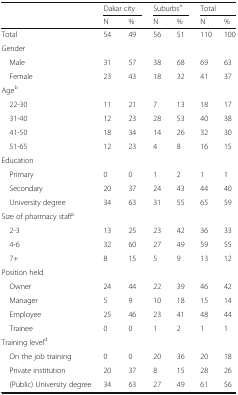
<table><thead><tr><td rowspan="2"></td><td colspan="2"><b>Dakar city</b></td><td colspan="2"><b>Suburbs<sup>a</sup></b></td><td colspan="2"><b>Total</b></td></tr><tr><td><b>N</b></td><td><b>%</b></td><td><b>N</b></td><td><b>%</b></td><td><b>N</b></td><td><b>%</b></td></tr></thead><tbody><tr><td>Total</td><td>54</td><td>49</td><td>56</td><td>51</td><td>110</td><td>100</td></tr><tr><td colspan="7">Gender</td></tr><tr><td> Male</td><td>31</td><td>57</td><td>38</td><td>68</td><td>69</td><td>63</td></tr><tr><td> Female</td><td>23</td><td>43</td><td>18</td><td>32</td><td>41</td><td>37</td></tr><tr><td colspan="7">Age<sup>b</sup></td></tr><tr><td> 22-30</td><td>11</td><td>21</td><td>7</td><td>13</td><td>18</td><td>17</td></tr><tr><td> 31-40</td><td>12</td><td>23</td><td>28</td><td>53</td><td>40</td><td>38</td></tr><tr><td> 41-50</td><td>18</td><td>34</td><td>14</td><td>26</td><td>32</td><td>30</td></tr><tr><td> 51-65</td><td>12</td><td>23</td><td>4</td><td>8</td><td>16</td><td>15</td></tr><tr><td colspan="7">Education</td></tr><tr><td> Primary</td><td>0</td><td>0</td><td>1</td><td>2</td><td>1</td><td>1</td></tr><tr><td> Secondary</td><td>20</td><td>37</td><td>24</td><td>43</td><td>44</td><td>40</td></tr><tr><td> University degree</td><td>34</td><td>63</td><td>31</td><td>55</td><td>65</td><td>59</td></tr><tr><td colspan="7">Size of pharmacy staff<sup>c</sup></td></tr><tr><td> 2-3</td><td>13</td><td>25</td><td>23</td><td>42</td><td>36</td><td>33</td></tr><tr><td> 4-6</td><td>32</td><td>60</td><td>27</td><td>49</td><td>59</td><td>55</td></tr><tr><td> 7+</td><td>8</td><td>15</td><td>5</td><td>9</td><td>13</td><td>12</td></tr><tr><td colspan="7">Position held</td></tr><tr><td> Owner</td><td>24</td><td>44</td><td>22</td><td>39</td><td>46</td><td>42</td></tr><tr><td> Manager</td><td>5</td><td>9</td><td>10</td><td>18</td><td>15</td><td>14</td></tr><tr><td> Employee</td><td>25</td><td>46</td><td>23</td><td>41</td><td>48</td><td>44</td></tr><tr><td> Trainee</td><td>0</td><td>0</td><td>1</td><td>2</td><td>1</td><td>1</td></tr><tr><td colspan="7">Training level<sup>d</sup></td></tr><tr><td> On the job training</td><td>0</td><td>0</td><td>20</td><td>36</td><td>20</td><td>18</td></tr><tr><td> Private institution</td><td>20</td><td>37</td><td>8</td><td>15</td><td>28</td><td>26</td></tr><tr><td> (Public) University degree</td><td>34</td><td>63</td><td>27</td><td>49</td><td>61</td><td>56</td></tr></tbody></table>